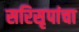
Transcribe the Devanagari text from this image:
सरिसृपांचा